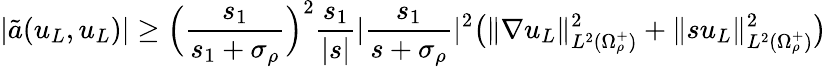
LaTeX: |\tilde{a}(u_{L},u_{L})|\geq\Big(\frac{s_{1}}{s_{1}+\sigma_{\rho}}\Big)^{2}\frac{s_{1}}{|s|}|\frac{s_{1}}{s+\sigma_{\rho}}|^{2}\big(\| \nabla u_{L}\| _{L^{2}(\Omega_{\rho}^{+})}^{2}+\| su_{L}\| _{L^{2}(\Omega_{\rho}^{+})}^{2}\big)